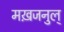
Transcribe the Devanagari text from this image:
मख़जनुल्